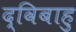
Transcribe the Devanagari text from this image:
द्विबाहु